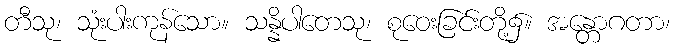
တီသု၊ သုံးပါးကုန်သော။ သန္နိပါတေသု၊ စုဝေးခြင်းတို့၌။ အန္တောဂတာ၊